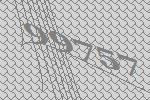
99757